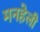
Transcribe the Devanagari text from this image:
मनहेली